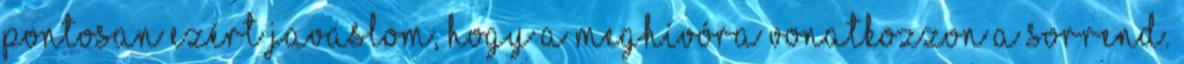
Pontosan ezért javaslom, hogy a meghívóra vonatkozzon a sorrend.